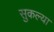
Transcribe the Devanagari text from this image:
सुकल्या